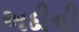
અદીની